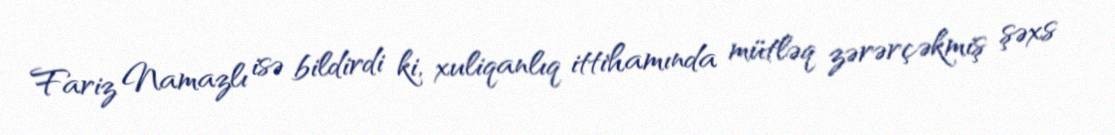
Fariz Namazlı isə bildirdi ki, xuliqanlıq ittihamında mütləq zərərçəkmiş şəxs